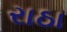
રાઠા